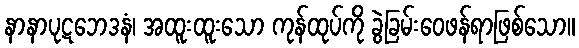
နာနာပုဋဘေဒနံ၊ အထူးထူးသော ကုန်ထုပ်ကို ခွဲခြမ်းဝေဖန်ရာဖြစ်သော။